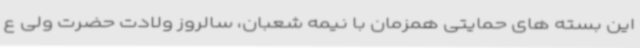
این بسته های حمایتی همزمان با نیمه شعبان، سالروز ولادت حضرت ولی ع